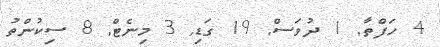
4 ހަފްތާ